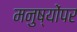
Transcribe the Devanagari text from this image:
मनुष्योंपर